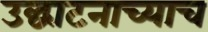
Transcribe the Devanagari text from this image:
उद्घाटनाच्याच